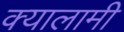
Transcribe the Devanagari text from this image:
क्यालामी